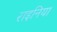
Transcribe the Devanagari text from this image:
राइनिया